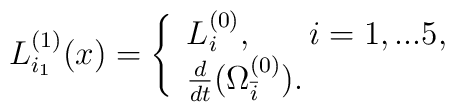
L_{i_1}^{(1)}(x)=\left\{\begin{array}{ll}L_i^{(0)},\ ~~~~i=1,...5,\\\frac{d}{dt}(\Omega^{(0)}_{\bar i}).\end{array}\right.